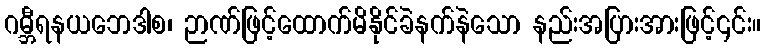
ဂမ္ဘီရနယဘေဒါစ၊ ဉာဏ်ဖြင့်ထောက်မိနိုင်ခဲနက်နဲသော နည်းအပြားအားဖြင့်၎င်း။